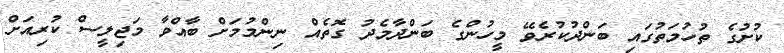
ކުށުގެ ތުހުމަތުގައި ބަންދުކުރެވޭ މީހުންގެ ބަންދާމެދު ގޮތެއް ނިންމުމަށް ބާއްވާ މަޖިލީސް ކުރިއަށް